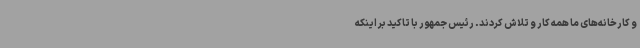
و کارخانه‌های ما همه کار و تلاش کردند. رئیس جمهور با تاکید بر اینکه